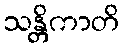
သန္တိကာတိ